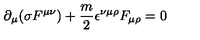
\partial _ { \mu } ( \sigma F ^ { \mu \nu } ) + \frac { m } { 2 } \epsilon ^ { \nu \mu \rho } F _ { \mu \rho } = 0